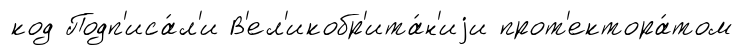
код Подп'иса́л'и В'ел'икобр'ита́н'иjи прот'ектора́том